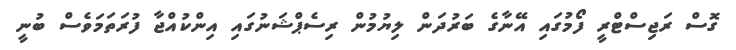
ގޮސް ރަޖިސްޓްރީ ފޯމުގައި އޭނާގެ ބަރުދަން ލިޔުމުން ރިސެޕްޝަނުގައި އިންކުއްޖާ ފުރަތަމަވެސް ބުނީ